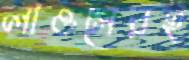
লাওসেরই